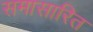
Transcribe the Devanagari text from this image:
समासारित